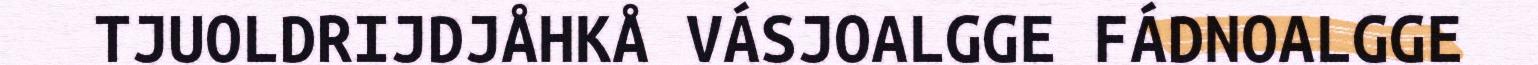
TJUOLDRIJDJÅHKÅ VÁSJOALGGE FÁDNOALGGE